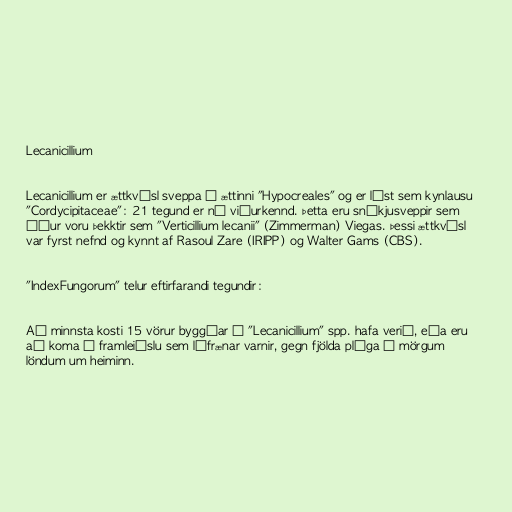
Lecanicillium

Lecanicillium er ættkvísl sveppa í ættinni "Hypocreales" og er lýst sem kynlausu
"Cordycipitaceae": 21 tegund er nú viðurkennd. Þetta eru sníkjusveppir sem
áður voru þekktir sem "Verticillium lecanii" (Zimmerman) Viegas. Þessi ættkvísl
var fyrst nefnd og kynnt af Rasoul Zare (IRIPP) og Walter Gams (CBS).

"IndexFungorum" telur eftirfarandi tegundir:

Að minnsta kosti 15 vörur byggðar á "Lecanicillium" spp. hafa verið, eða eru
að koma í framleiðslu sem lífrænar varnir, gegn fjölda plága í mörgum
löndum um heiminn.